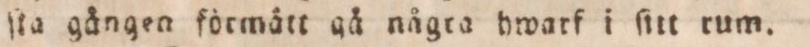
ſta gången förmätt gå några hwarf i ſitt rum.